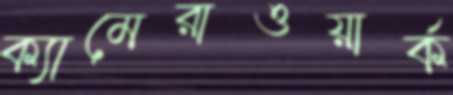
ক্যামেরাওয়ার্ক